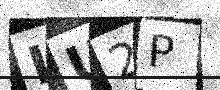
Text: LU2P